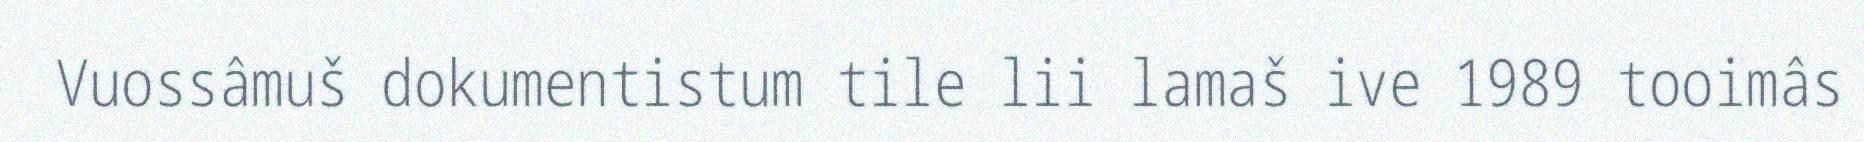
Vuossâmuš dokumentistum tile lii lamaš ive 1989 tooimâs